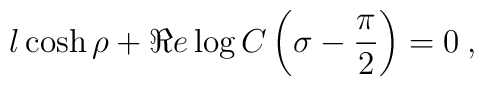
l\cosh \rho +\Re e\log C\left( \sigma -\displaystyle\frac{\pi }{2}\right) =0\: ,